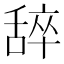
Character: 𬜈